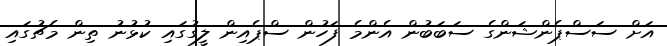
އަށް ސަސްޕެންޝަންގެ ސަބަބުން އެންމެ ފަހުން ސްޕެއިން ލީގުގައި ކުޅުނު ތިން މެޗުގައި